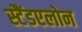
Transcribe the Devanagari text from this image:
स्टैंडएलोन